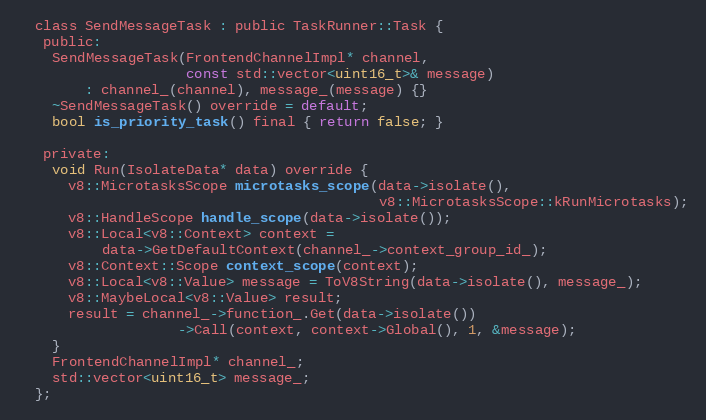
Language: C
  class SendMessageTask : public TaskRunner::Task {
   public:
    SendMessageTask(FrontendChannelImpl* channel,
                    const std::vector<uint16_t>& message)
        : channel_(channel), message_(message) {}
    ~SendMessageTask() override = default;
    bool is_priority_task() final { return false; }

   private:
    void Run(IsolateData* data) override {
      v8::MicrotasksScope microtasks_scope(data->isolate(),
                                           v8::MicrotasksScope::kRunMicrotasks);
      v8::HandleScope handle_scope(data->isolate());
      v8::Local<v8::Context> context =
          data->GetDefaultContext(channel_->context_group_id_);
      v8::Context::Scope context_scope(context);
      v8::Local<v8::Value> message = ToV8String(data->isolate(), message_);
      v8::MaybeLocal<v8::Value> result;
      result = channel_->function_.Get(data->isolate())
                   ->Call(context, context->Global(), 1, &message);
    }
    FrontendChannelImpl* channel_;
    std::vector<uint16_t> message_;
  };